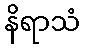
နိရာသံ